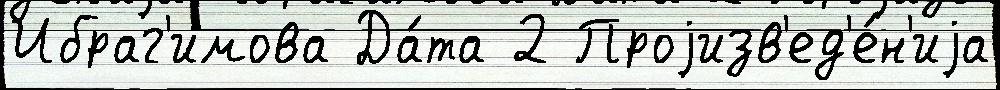
Ибраг'имова Да́та 2 Проjизв'ед'е́н'иjа